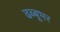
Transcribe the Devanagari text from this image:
ढब्बूभर